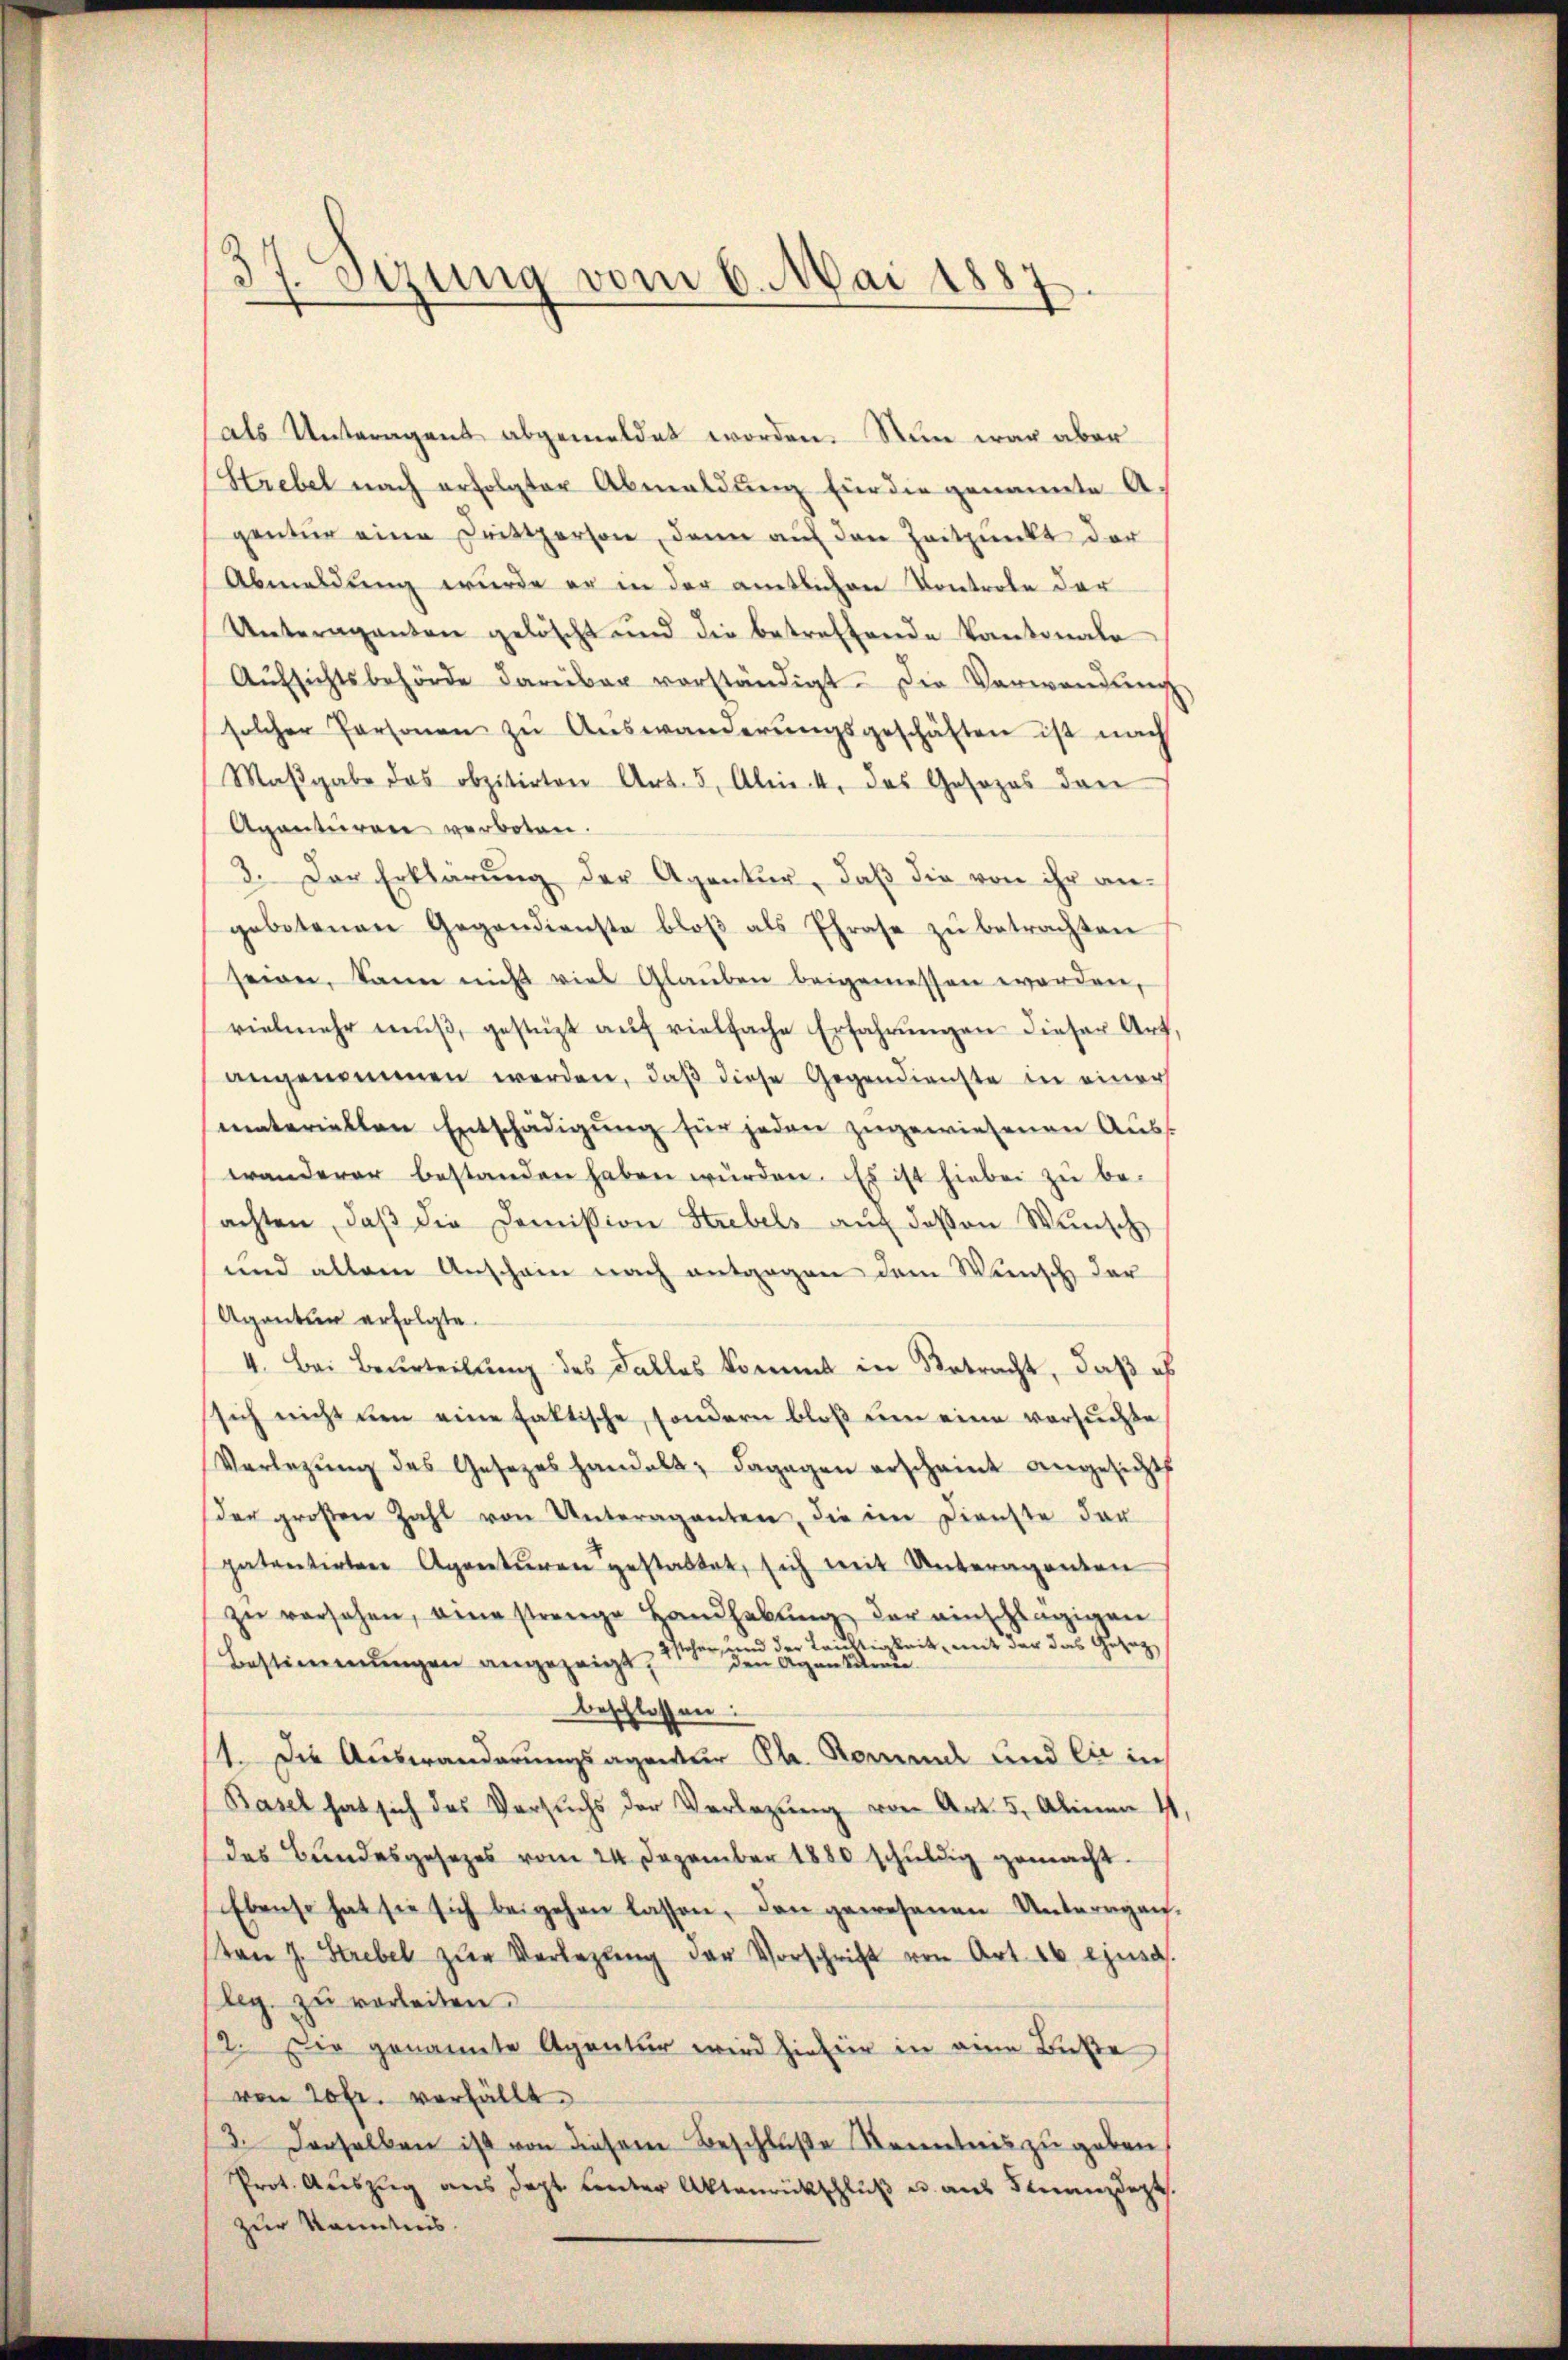
37. Sizung vom 6. Mai 1887
.

als Unteragent abgemeldet worden. Nun war aber
Strebel nach erfolgter Abmaldung für die genannte A.
gentur eine Drittperson, dann auf den Zeitpunkt der
Abmeldung wurde er in der amtlichen Kontrole der
Unteraganten gelöscht und die betreffende Kantonale
Aŭfsichtsbehörde darüber vorständigt. Die Verwendŭng
solcher Personen zŭ Aŭswanderŭngsgeschäften ist nach
Maβgabe das obzitirten Art. 5, Abris 4. das Gesezes dan
Agenturen verboten.
3. Der Erklärung der Agentur, daß die von ihr angebotenen Gegendienste bloβ als Phrase zŭ betrachten
seien, kann nicht viel Glaŭben beigemessen worden,
vielmehr mŭβ, gestüzt aŭf vielfache Erfahrŭngen dieser Art,
angenommen werden, daß diese Gegendienste in einer
materiellen Entschädigung für jeden zugewiesenen Auss
wanderer bestanden haben würden. Es ist hiebei zu be-
sachten, daβ die Domission Stubels auf deßen Wunsch
und allein Anschein nach entgegen dem Wunsch der
Aganten erfolgte.
4. Bei Beurteilung des Falles kommt in Betracht, daß es
sich nicht um eine faltische, sondern bloß um eine versuchte
Vorlegŭng des Gesetzes handelt; dagegen erscheint angesichtt
der großen Zahl von Unteraganten, die im Dienste der
patentirten Agenturen gestattet, sich mit Unteragenten
zŭ versehen, eine strenge Handhabŭng der einschlägigen
und der Tauftigkeit, mit der das Gesag
Bestimmungen angezeigt,
den Agentuende
beschlossen:
1. Die Auswanderungsagentur Ch. Romen und die in
Basel hat sich das Versuchs der Verlegung von Art. 5, Alinen
das Bundesgesezes vom 24. Dezember 1880 schŭldig gemacht.
Ebenso hat sie sich beigehen lassen, den gewesenen Unteragen,
tan J. Strebel zŭr Verlegŭng der Vorschrift von Art. 16. ejusd.
leg. zu verleiten.
2. Die genannte Agentur wird hiefier in eine Buße
von 20 fr. verfällt.
3. Derselben ist von diesem Beschluße Kenntnis zu geben,
Prot. Auszug aus dept unter Aktenrückschluß u. aus Franzdept.
zur Kenntnis.